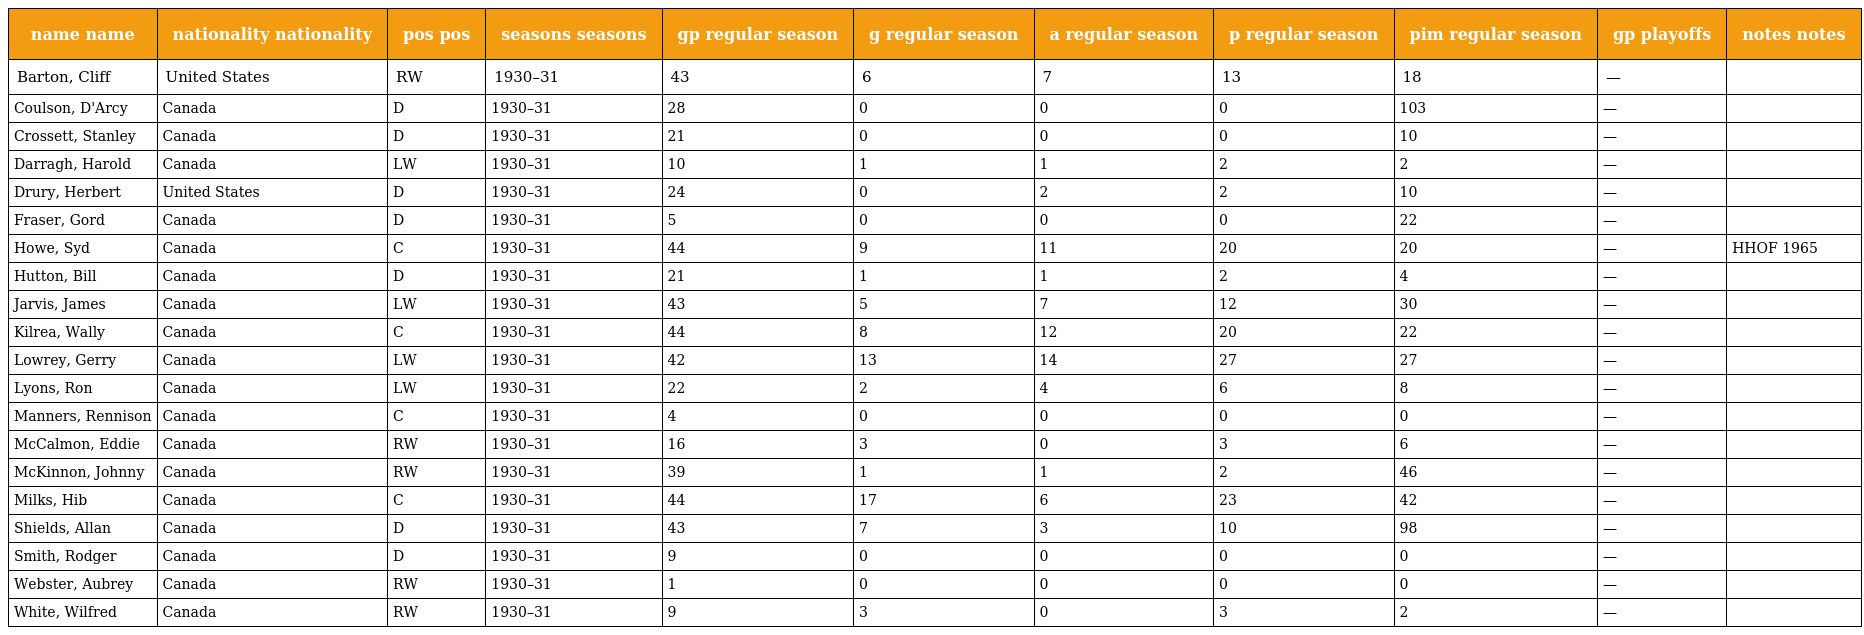
| name name | nationality nationality | pos pos | seasons seasons | gp regular season | g regular season | a regular season | p regular season | pim regular season | gp playoffs | notes notes |
 | --- | --- | --- | --- | --- | --- | --- | --- | --- | --- | --- |
 | Barton, Cliff | United States | RW | 1930–31 | 43 | 6 | 7 | 13 | 18 | — |  |
 | Coulson, D'Arcy | Canada | D | 1930–31 | 28 | 0 | 0 | 0 | 103 | — |  |
 | Crossett, Stanley | Canada | D | 1930–31 | 21 | 0 | 0 | 0 | 10 | — |  |
 | Darragh, Harold | Canada | LW | 1930–31 | 10 | 1 | 1 | 2 | 2 | — |  |
 | Drury, Herbert | United States | D | 1930–31 | 24 | 0 | 2 | 2 | 10 | — |  |
 | Fraser, Gord | Canada | D | 1930–31 | 5 | 0 | 0 | 0 | 22 | — |  |
 | Howe, Syd | Canada | C | 1930–31 | 44 | 9 | 11 | 20 | 20 | — | HHOF 1965 |
 | Hutton, Bill | Canada | D | 1930–31 | 21 | 1 | 1 | 2 | 4 | — |  |
 | Jarvis, James | Canada | LW | 1930–31 | 43 | 5 | 7 | 12 | 30 | — |  |
 | Kilrea, Wally | Canada | C | 1930–31 | 44 | 8 | 12 | 20 | 22 | — |  |
 | Lowrey, Gerry | Canada | LW | 1930–31 | 42 | 13 | 14 | 27 | 27 | — |  |
 | Lyons, Ron | Canada | LW | 1930–31 | 22 | 2 | 4 | 6 | 8 | — |  |
 | Manners, Rennison | Canada | C | 1930–31 | 4 | 0 | 0 | 0 | 0 | — |  |
 | McCalmon, Eddie | Canada | RW | 1930–31 | 16 | 3 | 0 | 3 | 6 | — |  |
 | McKinnon, Johnny | Canada | RW | 1930–31 | 39 | 1 | 1 | 2 | 46 | — |  |
 | Milks, Hib | Canada | C | 1930–31 | 44 | 17 | 6 | 23 | 42 | — |  |
 | Shields, Allan | Canada | D | 1930–31 | 43 | 7 | 3 | 10 | 98 | — |  |
 | Smith, Rodger | Canada | D | 1930–31 | 9 | 0 | 0 | 0 | 0 | — |  |
 | Webster, Aubrey | Canada | RW | 1930–31 | 1 | 0 | 0 | 0 | 0 | — |  |
 | White, Wilfred | Canada | RW | 1930–31 | 9 | 3 | 0 | 3 | 2 | — |  |